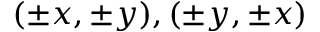
( \pm x , \pm y ) , ( \pm y , \pm x )